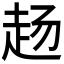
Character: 𬦅